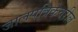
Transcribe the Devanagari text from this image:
जालपत्रिकेवरील